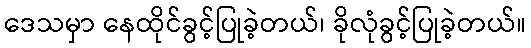
ဒေသမှာ နေထိုင်ခွင့်ပြုခဲ့တယ်၊ ခိုလုံခွင့်ပြုခဲ့တယ်။